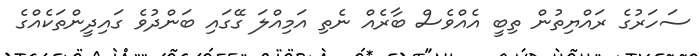
ސަހަރުގެ ރައްޔިތުން ތިބީ އެއްވެސް ބާރެއް ނެތި އަމިއްލަ ގޭގައި ބަންދުވެ ގައިދީންތަކެއްގެ